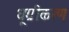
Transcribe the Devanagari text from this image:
धूम्रीकरण